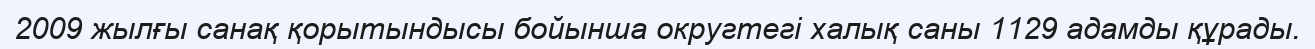
2009 жылғы санақ қорытындысы бойынша округтегі халық саны 1129 адамды құрады.